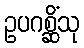
ဥပဂစ္ဆိံသု